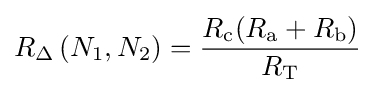
R_{\Delta }\left(N_{1},N_{2}\right)={\frac {R_{\text{c}}(R_{\text{a}}+R_{\text{b}})}{R_{\text{T}}}}